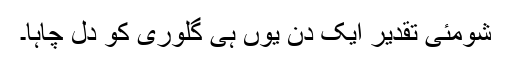
شومئی تقدیر ایک دن یوں ہی گلوری کو دل چاہا۔